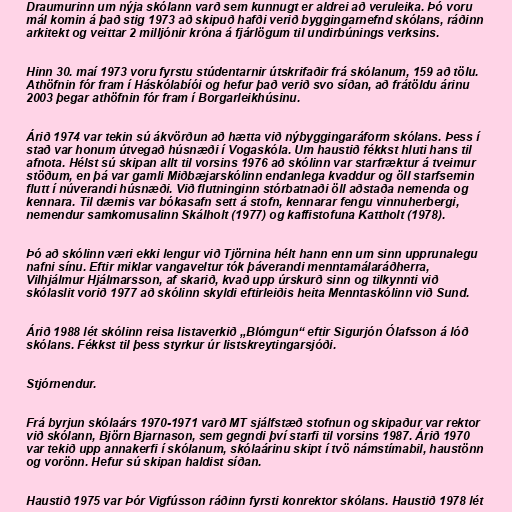
Draumurinn um nýja skólann varð sem kunnugt er aldrei að veruleika. Þó voru
mál komin á það stig 1973 að skipuð hafði verið byggingarnefnd skólans, ráðinn
arkitekt og veittar 2 milljónir króna á fjárlögum til undirbúnings verksins.

Hinn 30. maí 1973 voru fyrstu stúdentarnir útskrifaðir frá skólanum, 159 að tölu.
Athöfnin fór fram í Háskólabíói og hefur það verið svo síðan, að frátöldu árinu
2003 þegar athöfnin fór fram í Borgarleikhúsinu.

Árið 1974 var tekin sú ákvörðun að hætta við nýbyggingaráform skólans. Þess í
stað var honum útvegað húsnæði í Vogaskóla. Um haustið fékkst hluti hans til
afnota. Hélst sú skipan allt til vorsins 1976 að skólinn var starfræktur á tveimur
stöðum, en þá var gamli Miðbæjarskólinn endanlega kvaddur og öll starfsemin
flutt í núverandi húsnæði. Við flutninginn stórbatnaði öll aðstaða nemenda og
kennara. Til dæmis var bókasafn sett á stofn, kennarar fengu vinnuherbergi,
nemendur samkomusalinn Skálholt (1977) og kaffistofuna Kattholt (1978).

Þó að skólinn væri ekki lengur við Tjörnina hélt hann enn um sinn upprunalegu
nafni sínu. Eftir miklar vangaveltur tók þáverandi menntamálaráðherra,
Vilhjálmur Hjálmarsson, af skarið, kvað upp úrskurð sinn og tilkynnti við
skólaslit vorið 1977 að skólinn skyldi eftirleiðis heita Menntaskólinn við Sund.

Árið 1988 lét skólinn reisa listaverkið „Blómgun“ eftir Sigurjón Ólafsson á lóð
skólans. Fékkst til þess styrkur úr listskreytingarsjóði.

Stjórnendur.

Frá byrjun skólaárs 1970-1971 varð MT sjálfstæð stofnun og skipaður var rektor
við skólann, Björn Bjarnason, sem gegndi því starfi til vorsins 1987. Árið 1970
var tekið upp annakerfi í skólanum, skólaárinu skipt í tvö námstímabil, haustönn
og vorönn. Hefur sú skipan haldist síðan.

Haustið 1975 var Þór Vigfússon ráðinn fyrsti konrektor skólans. Haustið 1978 lét